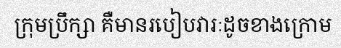
ក្រុមប្រឹក្សា គឺមានរបៀបវារៈដូចខាងក្រោម